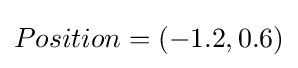
Position=(-1.2,0.6)